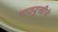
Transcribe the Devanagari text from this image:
पाठदुखीचे